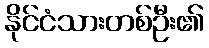
နိုင်ငံသားတစ်ဦး၏